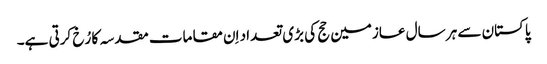
پاکستان سے ہر سال عازمین حج کی بڑی تعداد اِن مقامات مقدسہ کا رُخ کرتی ہے۔